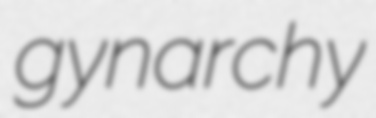
gynarchy